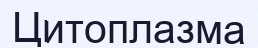
Цитоплазма